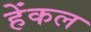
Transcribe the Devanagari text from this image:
हेंकल